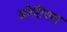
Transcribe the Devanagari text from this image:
अरेटियस